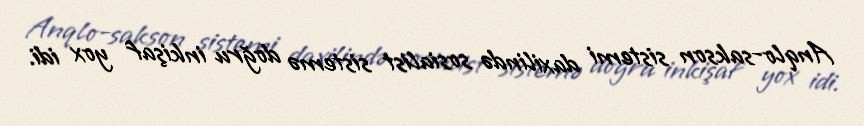
Anqlo-sakson sistemi daxilində sosialist sistemə doğru inkişaf yox idi.